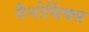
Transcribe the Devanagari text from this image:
नैनोथिंक्स